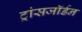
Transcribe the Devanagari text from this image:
ट्रांसजॉर्डन